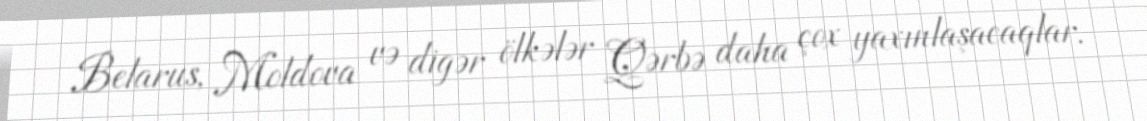
Belarus, Moldova və digər ölkələr Qərbə daha çox yaxınlaşacaqlar.